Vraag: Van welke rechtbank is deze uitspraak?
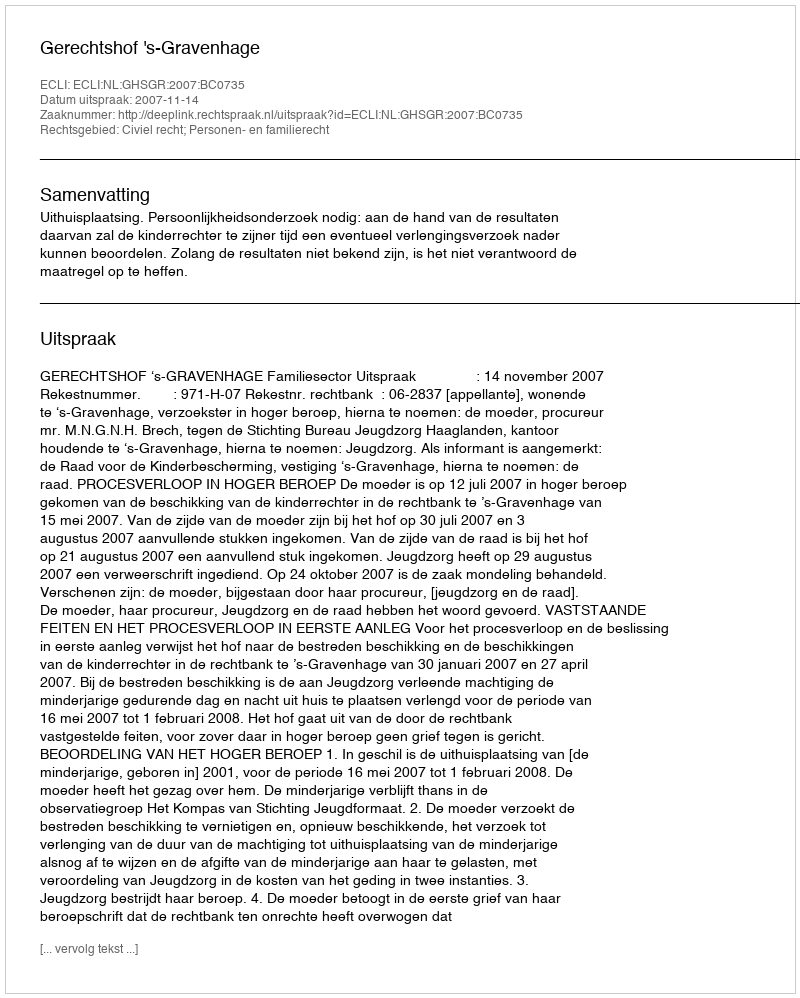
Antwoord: Gerechtshof 's-Gravenhage